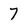
Character: 7